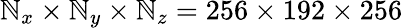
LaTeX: \mathbb{N}_{x}\times\mathbb{N}_{y}\times\mathbb{N}_{z}=256\times192\times256